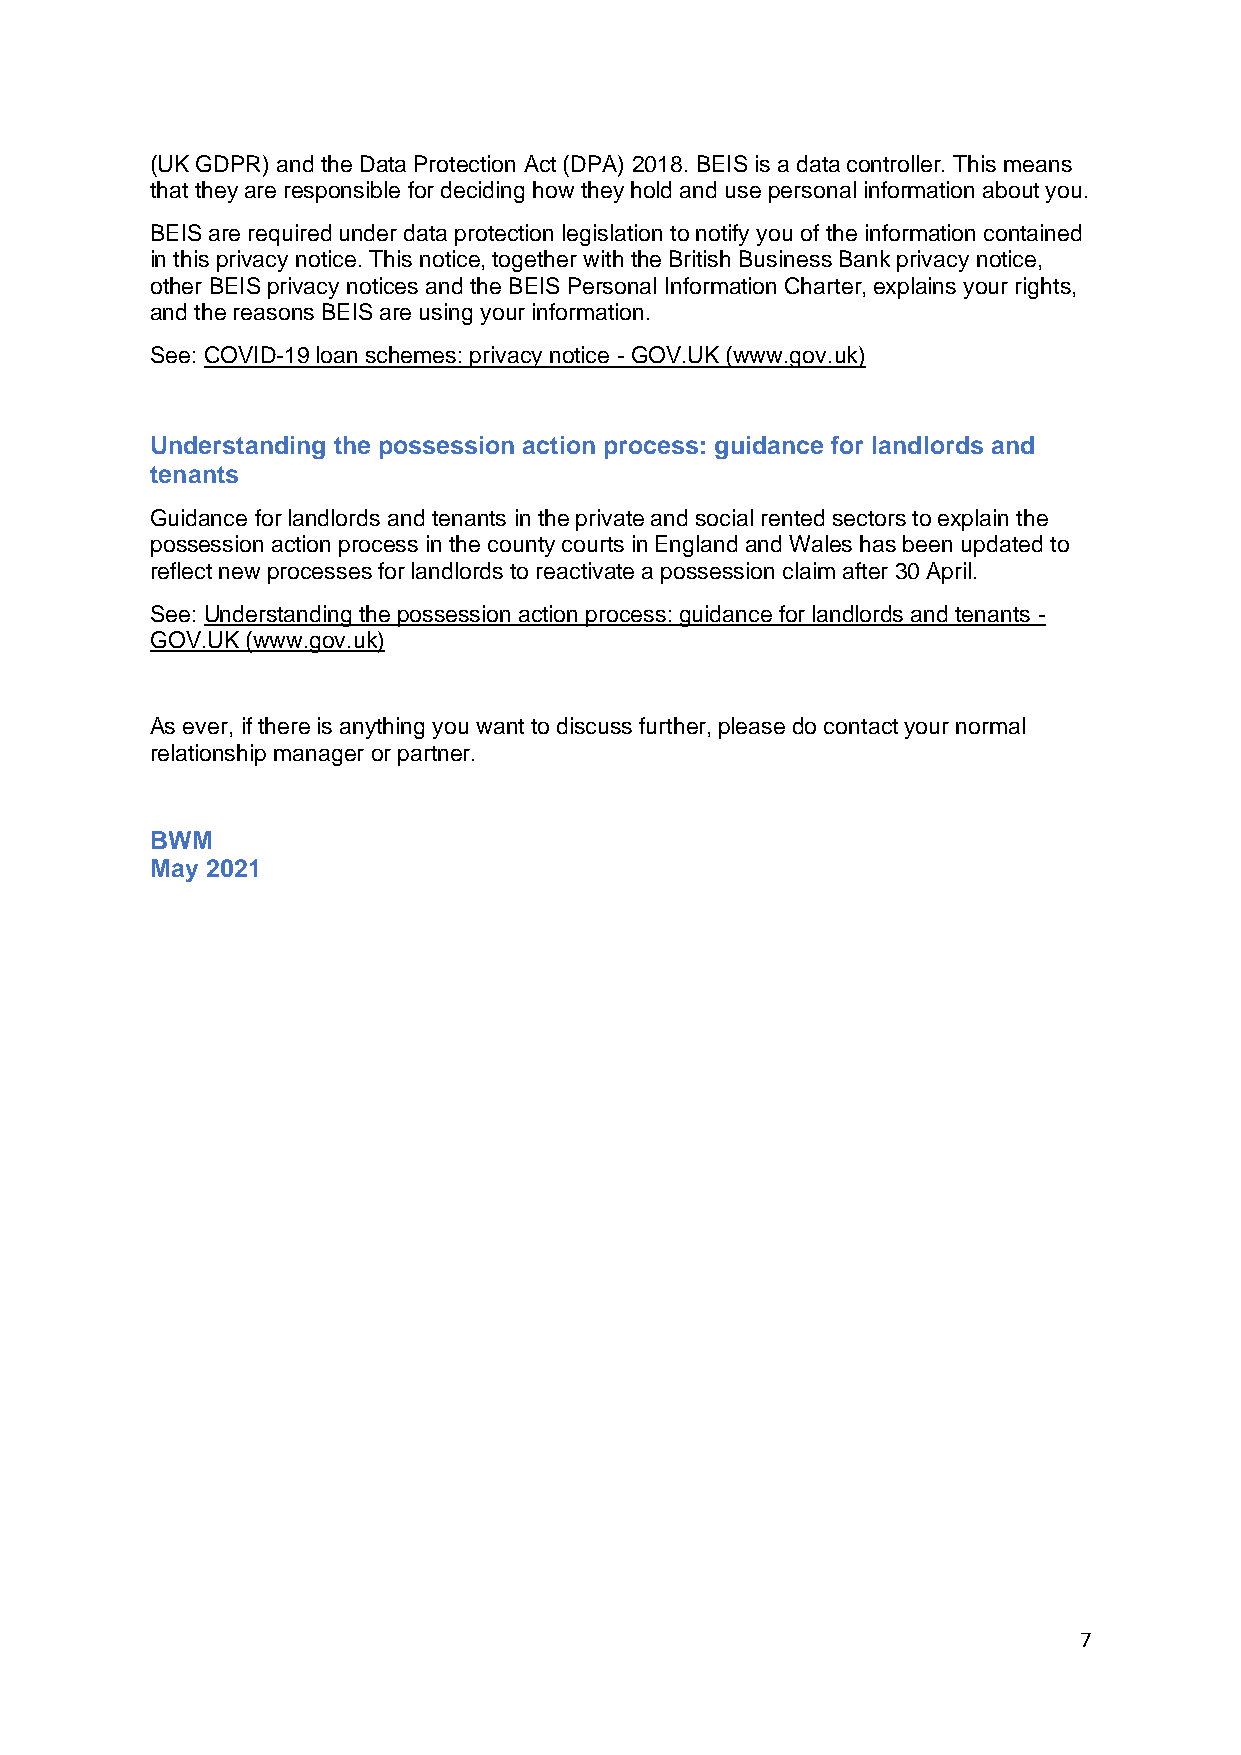
(UK GDPR) and the Data Protection Act (DPA) 2018. BEIS is a data controller. This means
 that they are responsible for deciding how they hold and use personal information about you.
 BEIS are required under data protection legislation to notify you of the information contained
 in this privacy notice. This notice, together with the British Business Bank privacy notice,
 other BEIS privacy notices and the BEIS Personal Information Charter, explains your rights,
 and the reasons BEIS are using your information.
 See: COVID-19 loan schemes: privacy notice - GOV.UK (www.gov.uk)
 Understanding the possession action process: guidance for landlords and
 tenants
 Guidance for landlords and tenants in the private and social rented sectors to explain the
 possession action process in the county courts in England and Wales has been updated to
 reflect new processes for landlords to reactivate a possession claim after 30 April.
 See: Understanding the possession action process: guidance for landlords and tenants -
 GOV.UK (www.gov.uk)
 As ever, if there is anything you want to discuss further, please do contact your normal
 relationship manager or partner.
 BWM
 May 2021
 7